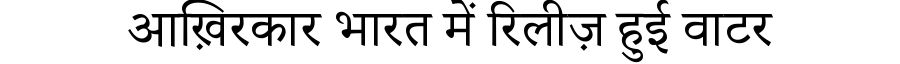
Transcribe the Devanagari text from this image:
आख़िरकार भारत में रिलीज़ हुई वाटर